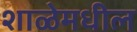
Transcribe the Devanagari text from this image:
शाळेमधील